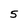
Character: 5